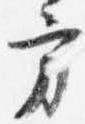
方